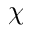
\chi